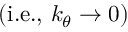
\left( \mathrm { i . e . , ~ } k _ { \theta } \rightarrow 0 \right)